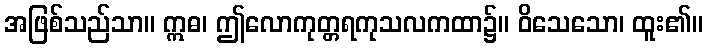
အဖြစ်သည်သာ။ ဣဓ၊ ဤလောကုတ္တရကုသလကထာ၌။ ဝိသေသော၊ ထူး၏။